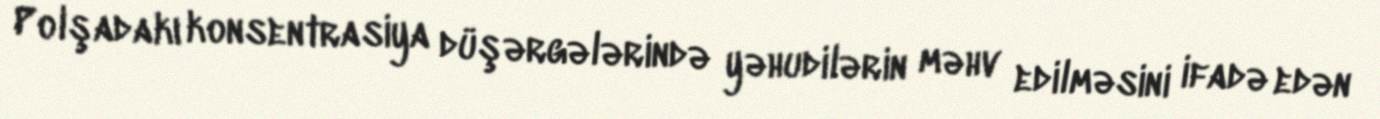
Polşadakı konsentrasiya düşərgələrində yəhudilərin məhv edilməsini ifadə edən